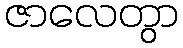
ဇာလေတွာ